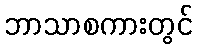
ဘာသာစကားတွင်